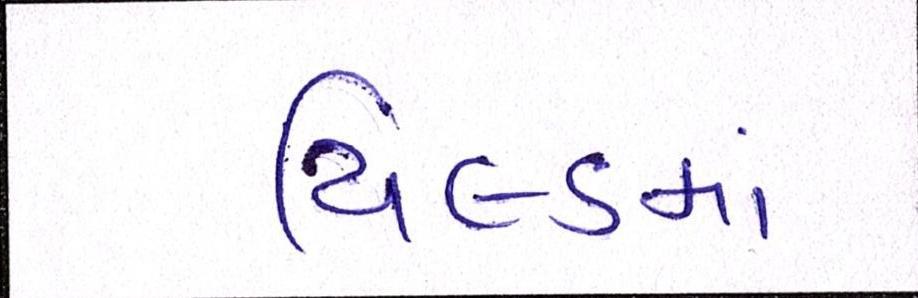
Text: યિલ્ડમાં